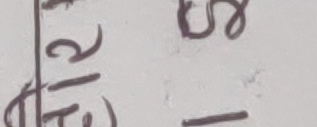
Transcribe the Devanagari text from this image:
\(\frac{१}{२} - १.५\